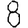
Digit: 8